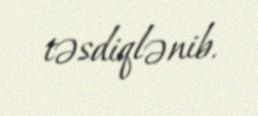
təsdiqlənib.